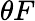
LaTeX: \theta F